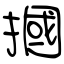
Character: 摑